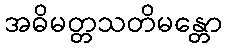
အဓိမတ္တသတိမန္တော